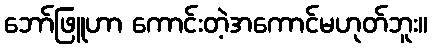
ဘော်ဖြူဟာ ကောင်းတဲ့အကောင်မဟုတ်ဘူး။